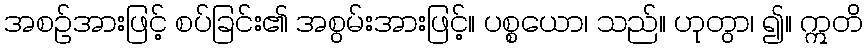
အစဉ်အားဖြင့် စပ်ခြင်း၏ အစွမ်းအားဖြင့်။ ပစ္စယော၊ သည်။ ဟုတွာ၊ ၍။ ဣတိ